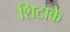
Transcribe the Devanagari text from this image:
शिटाके